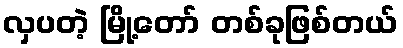
လှပတဲ့ မြို့တော် တစ်ခုဖြစ်တယ်